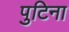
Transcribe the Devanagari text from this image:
पुटिना